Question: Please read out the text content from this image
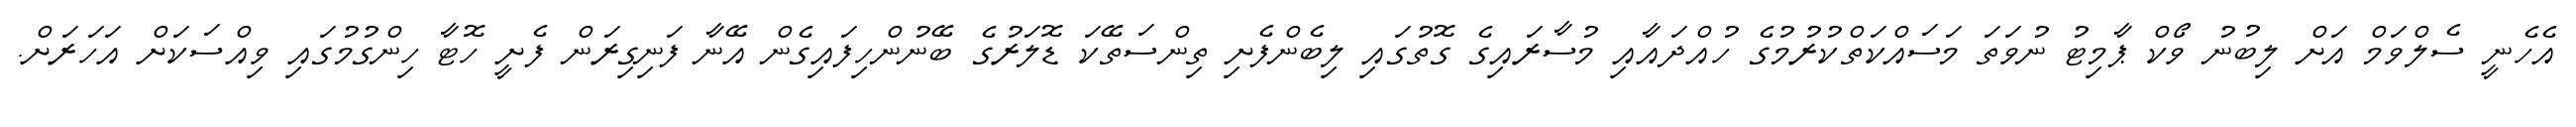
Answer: އެހެނީ ސެލްވަމް އަށް ލިބުނު ވޯކް ޕާމިޓު ނުވަތަ މަސައްކަތްކުރުމުގެ ހުއްދައާއި މުސާރައިގެ ގޮތުގައި ލިބެންފެށި ތިންސަތޭކަ ޑޮލަރުގެ ބޭނުންހިފައިގެން އޭނާ ފަނިގިރަން ފެށީ ހޮޓާ ހިންގުމުގައި ވިއްސަކަށް އަހަރަށް.